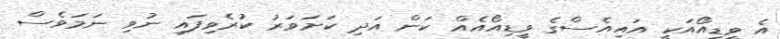
އެ ވީޑިއޯއަކީ އައިއެސްގެ ވީޑިއޯއެއް ކަން އަދި ކަށަވަރު ކުރެވިފައި ނުވި ނަމަވެސް